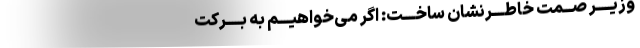
وزیـــــر صـــمت خاطــــرنشان ساخــــت: اگر می‌خواهیــــم به بـــــرکت